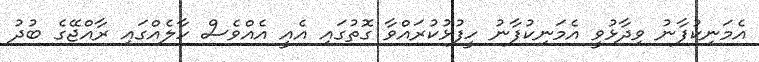
އެމަނިކުފާނު ވިދާޅުވީ އެމަނިކުފާނު ހީފުޅުކުރައްވާ ގޮތުގައި އެއީ އެއްވެސް ހާލެއްގައި ރާއްޖޭގެ ބުދު